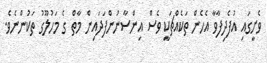
ވެށީގައި އުފެދިފާވާ އެހެން ތަކެއްޗަކީ ވެސް އިންސާނުންފަދައިން މާތް ގެ މަހުލޫގު ތަކުންނެވެ.